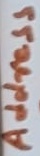
Text: Address